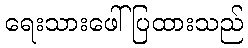
ရေးသားဖေါ်ပြထားသည်